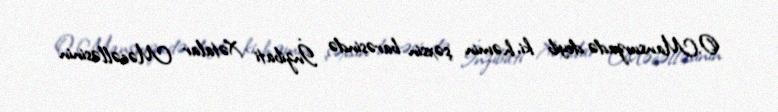
O.Mansurzadə deyib ki, həmin şəxsin barəsində İnzibati Xətalar Məcəlləsinin